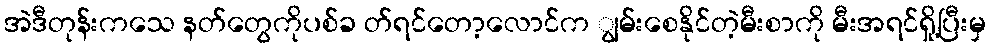
အဲဒီတုန်းကသေ နတ်တွေကိုပစ်ခ တ်ရင်တော့လောင်က ျွမ်းစေနိုင်တဲ့မီးစာကို မီးအရင်ရှို့ပြီးမှ